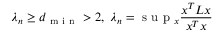
\lambda _ { n } \geq d _ { \mathrm { ~ m ~ i ~ n ~ } } > 2 , \; \lambda _ { n } = \mathrm { ~ s ~ u ~ p ~ } _ { x } \frac { x ^ { T } L x } { x ^ { T } x }